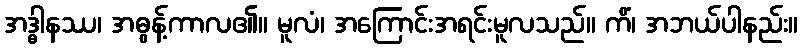
အဒ္ဓါနဿ၊ အဓွန့်ကာလ၏။ မူလံ၊ အကြောင်းအရင်းမူလသည်။ ကိံ၊ အဘယ်ပါနည်း။